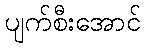
ပျက်စီးအောင်